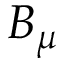
B _ { \mu }